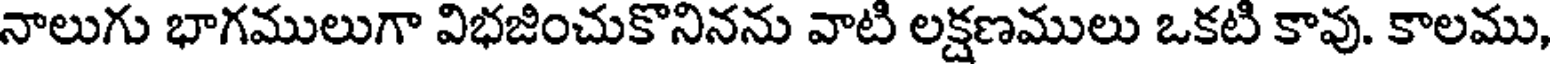
నాలుగు భాగములుగా విభజించుకొనినను వాటి లక్షణములు ఒకటి కావు. కాలము,